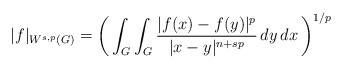
LaTeX: \begin{align*}\lvert f \rvert_{W^{s,p}(G)} = \bigg( \int_G\int_{G}\frac{\lvert f(x)-f(y)\rvert^p}{\lvert x-y\rvert^{n+s p}}\,dy\,dx\,\bigg)^{1/p}\end{align*}